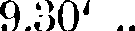
9.30' ..